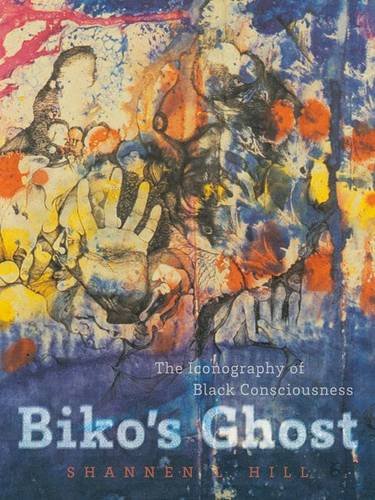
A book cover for Biko's Ghost: The Iconography of Black Consciousness; Shannen L. Hill; History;